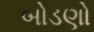
બોડણો